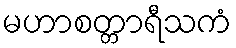
မဟာစတ္တာရီသကံ